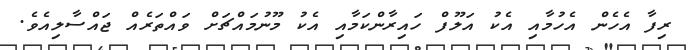
ރިފާ އެހެން އެހުމާއި އެކު އަލޫފް ހައިރާންކަމާއި އެކު މޫނުމައްޗަށް ވައްތަރެއް ޖައްސާލިއެވެ.